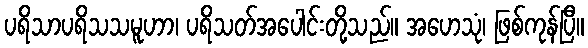
ပရိသာပရိသသမူဟာ၊ ပရိသတ်အပေါင်းတို့သည်။ အဟေသုံ၊ ဖြစ်ကုန်ပြီ။